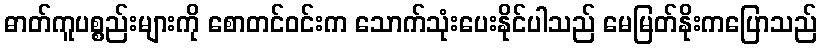
ဓာတ်ကူပစ္စည်းများကို စောတင်ဝင်းက သောက်သုံးပေးနိုင်ပါသည် မေမြတ်နိုးကပြောသည်